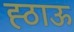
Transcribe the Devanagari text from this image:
ह्ठाऊ